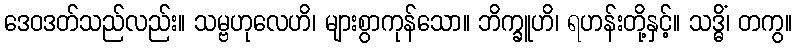
ဒေဝဒတ်သည်လည်း။ သမ္ဗဟုလေဟိ၊ များစွာကုန်သော။ ဘိက္ခူဟိ၊ ရဟန်းတို့နှင့်။ သဒ္ဓိံ၊ တကွ။